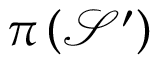
\pi \left( \mathcal { S } ^ { \prime } \right)